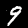
Label: 9